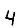
Digit: 4